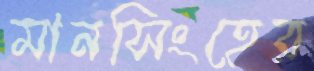
মানসিংহের